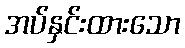
အပ်နှင်းထားသော